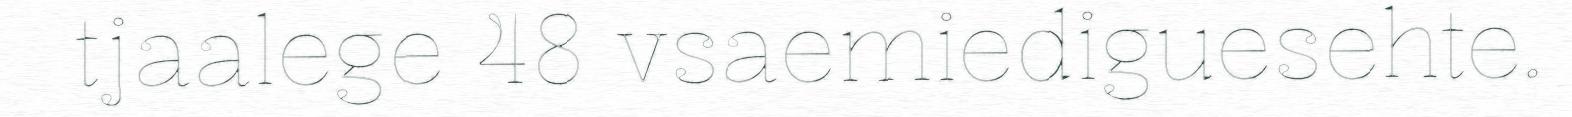
tjaalege 48 vsaemiediguesehte.